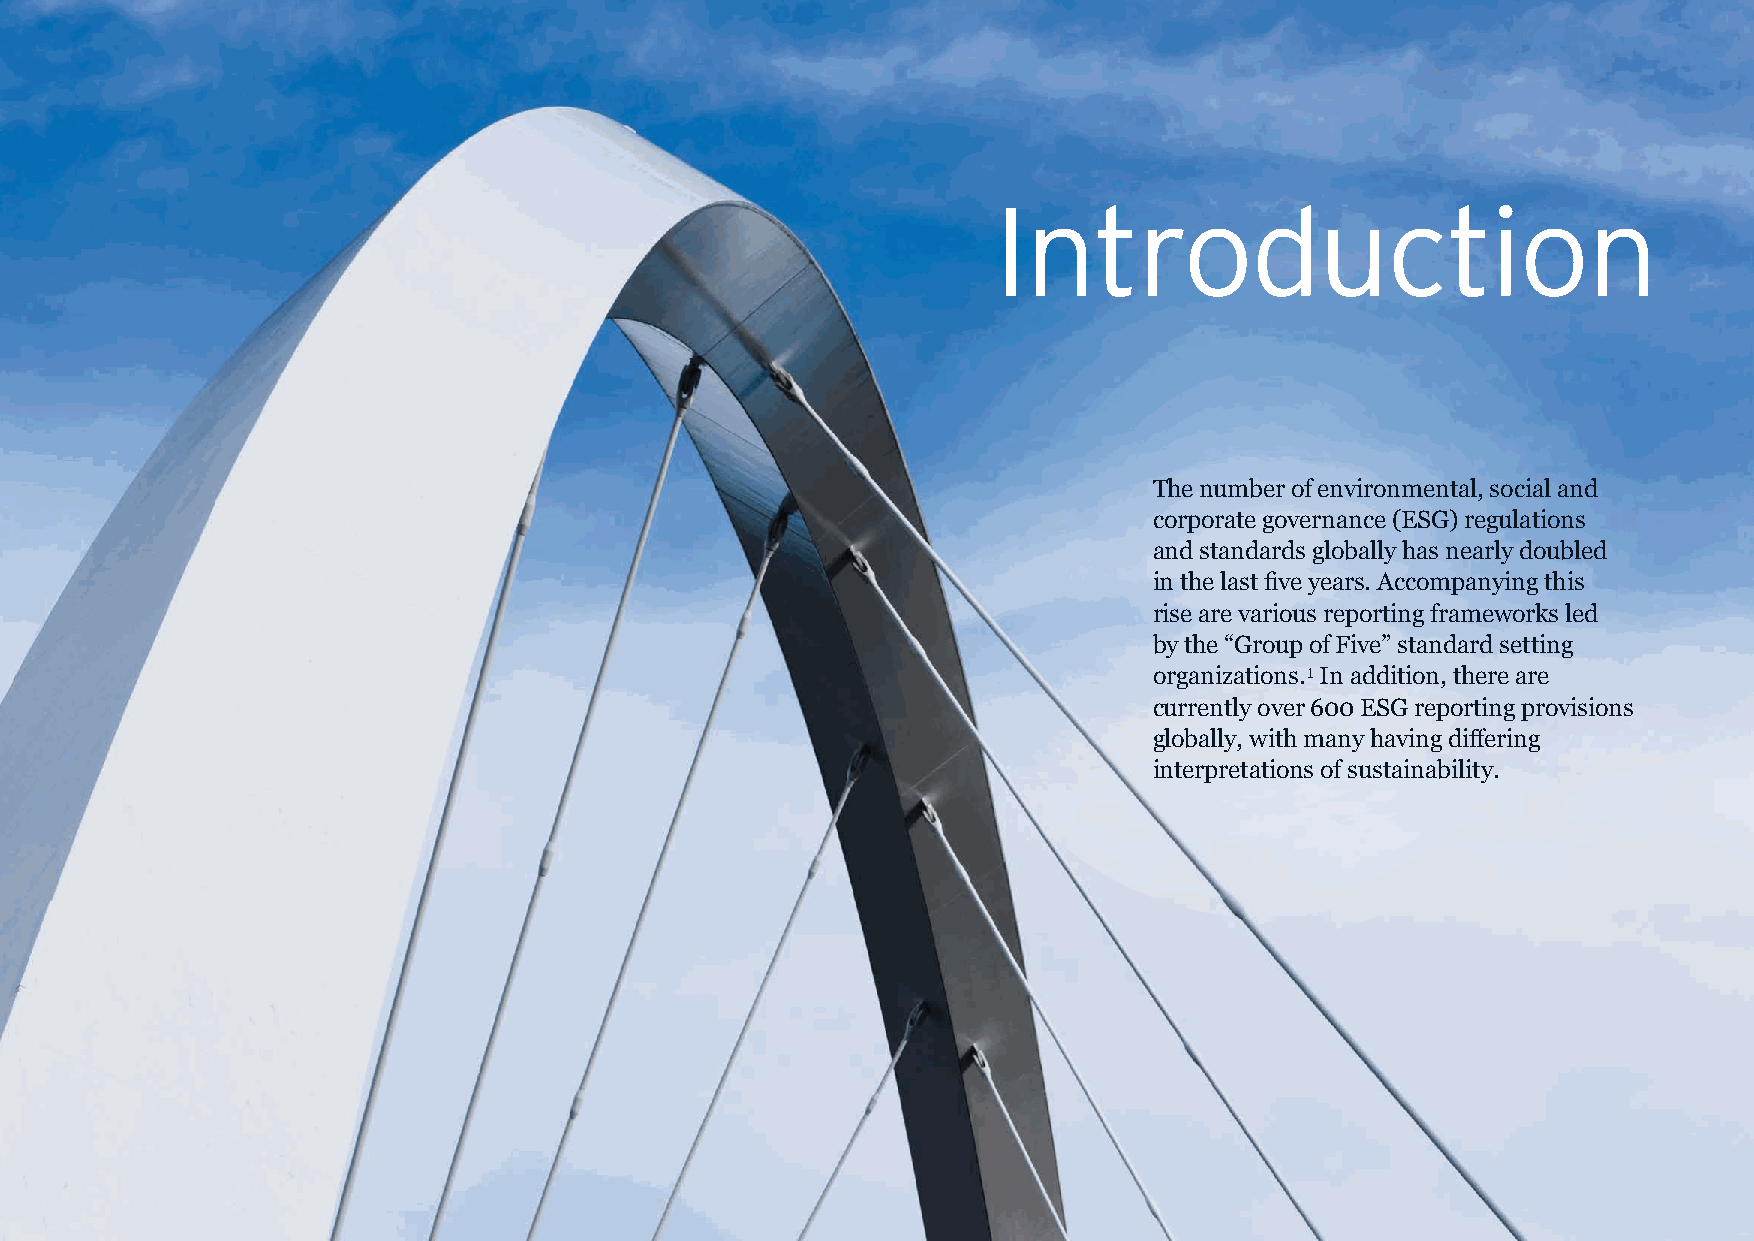
Section title
 Introduction
 The number of environmental, social and
 corporate governance (ESG) regulations
 and standards globally has nearly doubled
 in the last five years. Accompanying this
 rise are various reporting frameworks led
 by the “Group of Five” standard setting
 organizations.1 In addition, there are
 currently over 600 ESG reporting provisions
 globally, with many having differing
 interpretations of sustainability.
 The future of sustainability reporting standards | 3